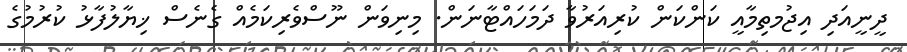
ދީނީއަދި އިޖުމތިމާއީ ކަންކަން ކުރިއަރުވާ ދަމަހައްޓާނަން. މިނިވަން ނޫސްވެރިކަމެއް ގެނެސް ޚިޔާލުފާޅު ކުރުމުގެ